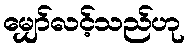
မျှော်လင့်သည်ဟု